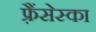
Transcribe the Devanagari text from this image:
फ़्रैंसेस्का